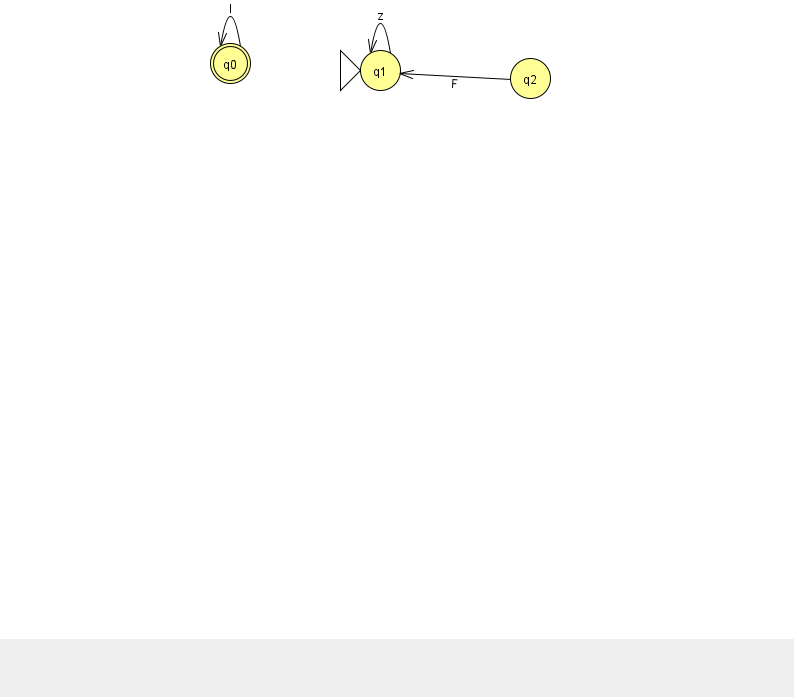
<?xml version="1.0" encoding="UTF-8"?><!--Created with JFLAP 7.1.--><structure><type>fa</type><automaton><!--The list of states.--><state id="0" name="q0"><x>230.0</x><y>50.0</y><final/></state><state id="1" name="q1"><x>380.0</x><y>57.0</y><initial/></state><state id="2" name="q2"><x>530.0</x><y>65.0</y></state><!--The list of transitions.--><transition><from>0</from><to>0</to><read>I</read></transition><transition><from>1</from><to>1</to><read>z</read></transition><transition><from>2</from><to>1</to><read>F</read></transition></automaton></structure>